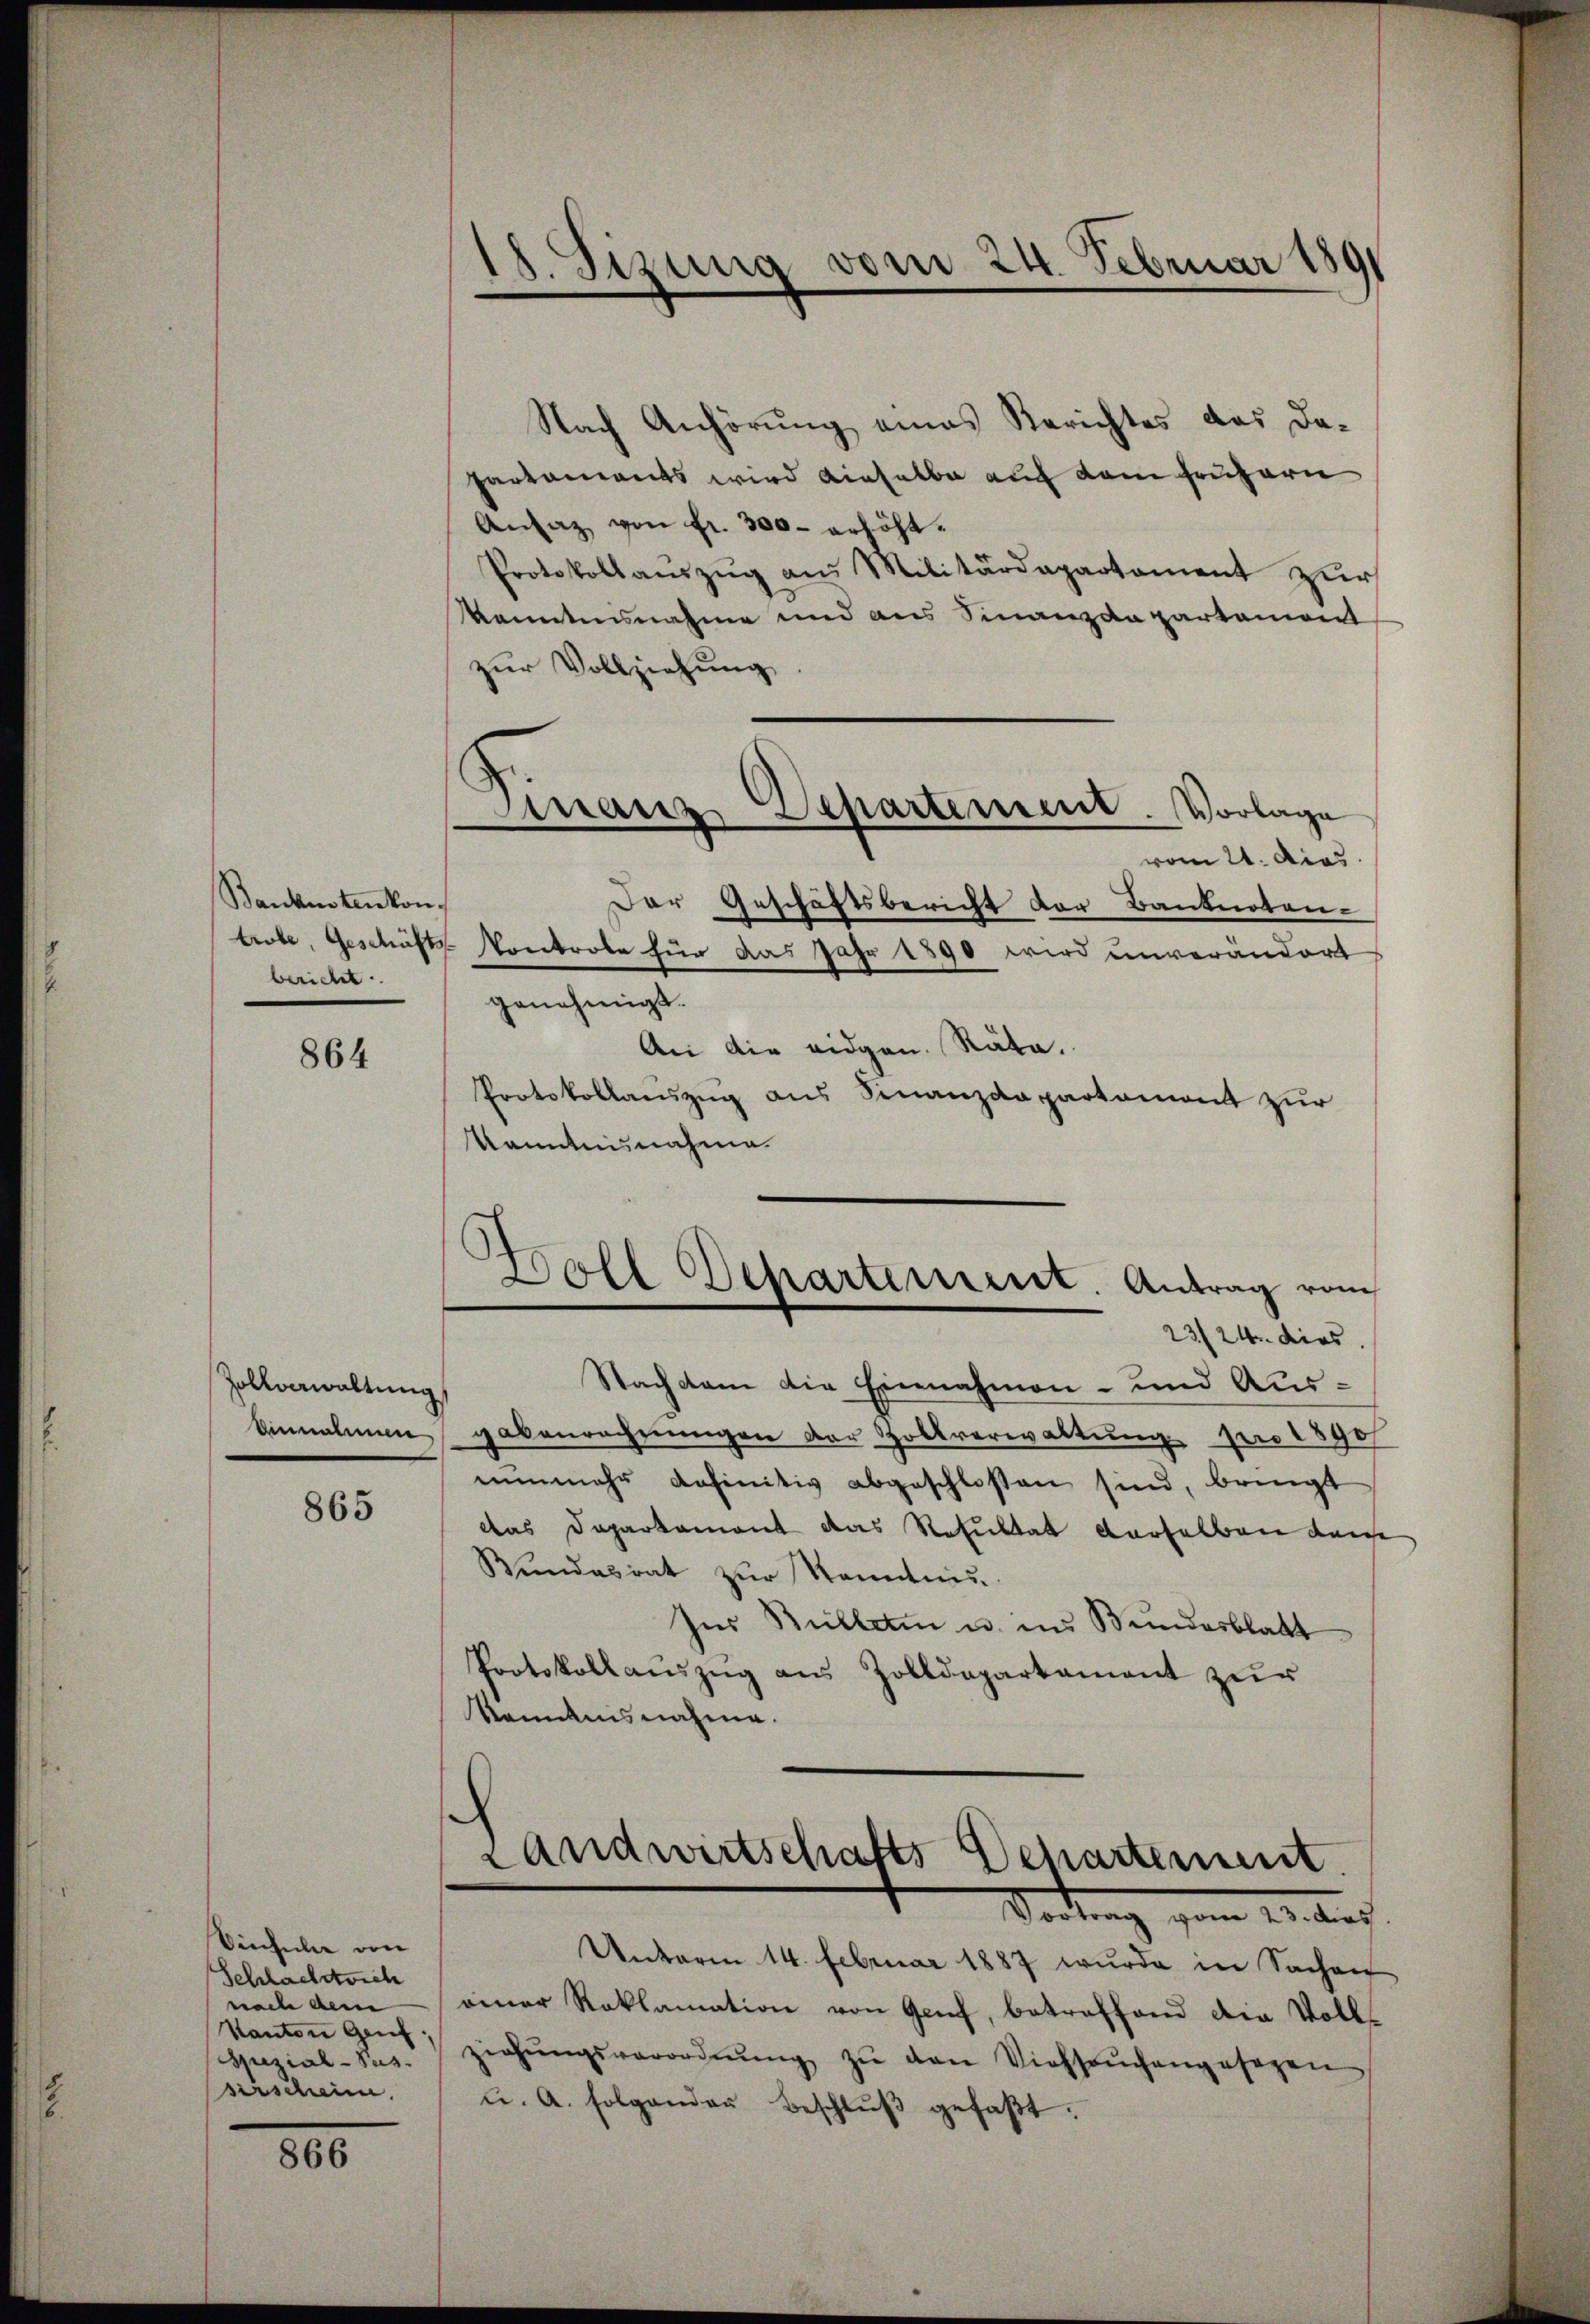
18. Sisung vom 24. Februar 1891

Nach Anhörung eines Berichtes das Dahartements wird dieselbe auf dem frühern
Ansaz von fr. 300 erhöht.
Protokollaŭszŭg ans Militärdepartament zŭr
Kenntnisnahme und aus Finanzda partament
zur Vollziehung

Separtement. Vorlage
Finanz
vom 21. dies

Der Geschäftsbericht der Banknoten-
trobe, Geschäfts Kontrole für das Jahr 1890 wird unverändert
genehmigt.
An die eidgen. Räte.
Protokollauszug aus Finanzdepartament zur
Kenntnisnahme.

Banknotenkon.
bericht.

864

Boll Departement. Antrag vom
23/24. dies
Nachdem die Einnahmen- und Aus¬

Einnahmen gabenrechnŭngen der Zollverwaltŭng pro 1890
nŭnmehr definitiv abgeschlossen sind, bringt
das Departament das Resultat derselben dahe
Bundesrat zŭr Kenntnis.
Ins Billeti u. in Bundesblatt
Protokollaŭszŭg aŭs Zolldepartament zŭr
Kemnisnahme.

Zollverwaltung

865

s
Landwirtschafts Departement.
Vortrag vom 11. Auc

Unterm 14. Februar 1887 wurde in Sachen
einer Reklamation von Genf, betreffend die Vollziehŭngsverordnŭng zŭ den Viehseuchengesezen
u. A. Folgenden Beschlŭβ gefaβt.

Vinhelle von
Schlachstrich
nach dem
Kanton Genf;
Spezial-Sus.
serschein.

866